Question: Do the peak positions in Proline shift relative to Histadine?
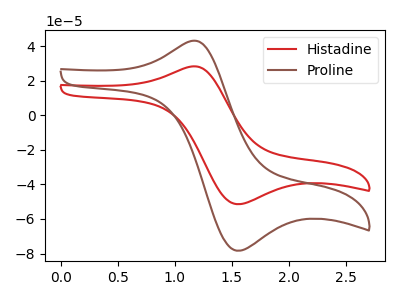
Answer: <think>The red curve "Histadine" has an anodic peak at (1.15V, 28.20uA) and a cathodic peak at (1.55V, -51.45uA). The brown curve "Proline" has an anodic peak at (1.15V, 42.95uA) and a cathodic peak at (1.55V, -78.35uA).
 All the peaks in "Proline" have a peak in "Histadine" at the same potential. Every peak in "Proline" is higher than every peak in "Histadine".</think>
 <answer>No, "Proline" and "Histadine" don't appear to be significantly different in shape</answer>
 <eval>no_change</eval>